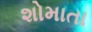
શોમાતા